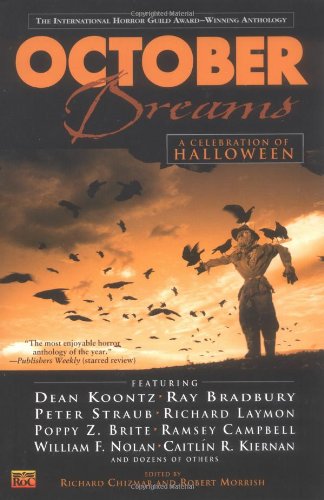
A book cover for October Dreams:: A Celebration of Halloween; Various; Science Fiction & Fantasy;